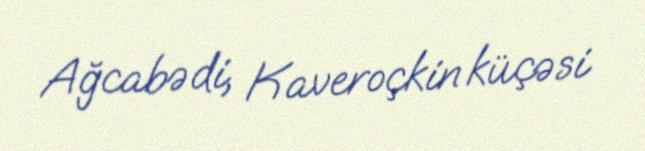
Ağcabədi, Kaveroçkin küçəsi